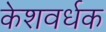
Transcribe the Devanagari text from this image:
केशवर्धक